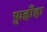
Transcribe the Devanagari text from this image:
फ़ुह्लाँहा